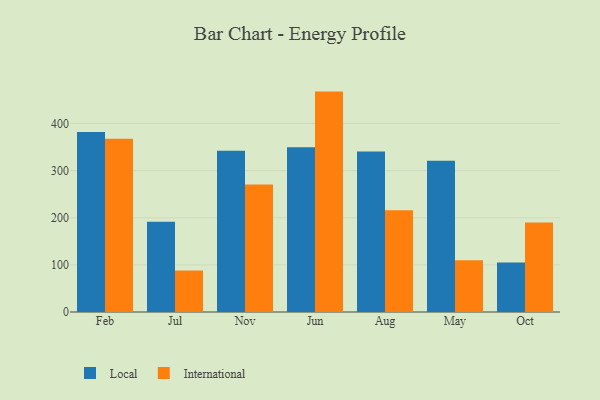
{"axis": {"x": "Month", "y": "Customer Acquisition Cost (USD)"}, "legend": ["International", "Local"], "data": [{"x": "Feb", "y": 381.9, "type": "Local"}, {"x": "Feb", "y": 367.6, "type": "International"}, {"x": "Jul", "y": 191.6, "type": "Local"}, {"x": "Jul", "y": 87.8, "type": "International"}, {"x": "Nov", "y": 342.3, "type": "Local"}, {"x": "Nov", "y": 270.8, "type": "International"}, {"x": "Jun", "y": 349.4, "type": "Local"}, {"x": "Jun", "y": 467.7, "type": "International"}, {"x": "Aug", "y": 340.4, "type": "Local"}, {"x": "Aug", "y": 215.9, "type": "International"}, {"x": "May", "y": 321.1, "type": "Local"}, {"x": "May", "y": 109.9, "type": "International"}, {"x": "Oct", "y": 105.1, "type": "Local"}, {"x": "Oct", "y": 189.8, "type": "International"}]}